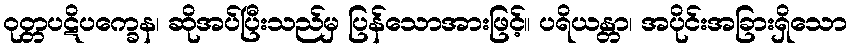
ဝုတ္တပဋိပက္ခေန၊ ဆိုအပ်ပြီးသည်မှ ပြန်သောအားဖြင့်။ ပရိယန္တာ၊ အပိုင်းအခြားရှိသော